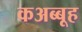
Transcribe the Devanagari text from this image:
कअब्बूह